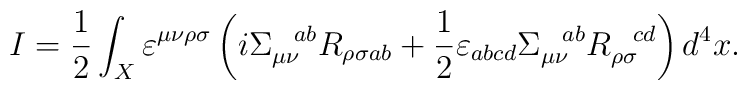
I=\frac{1}{2}\int_X \varepsilon^{\mu\nu\rho\sigma}\left(i\Sigma_{\mu\nu}^{\ \ ab}R_{\rho \sigma ab}+\frac{1}{2}\varepsilon_{abcd}\Sigma_{\mu\nu}^{\ \ ab}R_{\rho \sigma}^{\ \ cd}\right)d^4x.